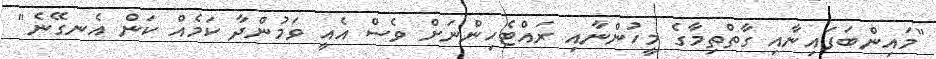
"މައިންބަފައިނާއި ގާތްތިމާގެ މީހުންނާއި ރައްޓެހިންނަށް ވެސް އެއީ ވަމުންދާ ކަމެއް ކަން އެނގޭނެ"